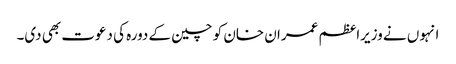
انہوں نے وزیراعظم عمران خان کو چین کے دورہ کی دعوت بھی دی۔